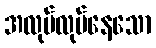
အလုပ်လုပ်နေသော